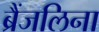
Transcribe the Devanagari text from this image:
ब्रैंजलिना